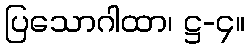
ပြသောဂါထာ၊ ဋ္ဌ-၄။